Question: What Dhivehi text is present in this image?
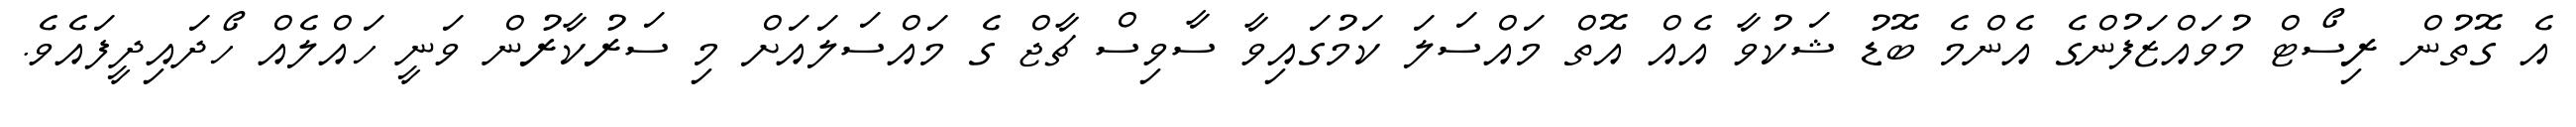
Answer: އެ ގޮތުން ރިސޯޓް މުވައްޒަފުންގެ އެންމެ ބޮޑު ޝަކުވާ އެއް އޮތް މައްސަލަ ކަމުގައިވާ ސާވިސް ޗާޖް ގެ މައްސަލައަށް މި ސަރުކާރުން ވަނީ ހައްލެއް ހޯދައިދީފައެވެ.